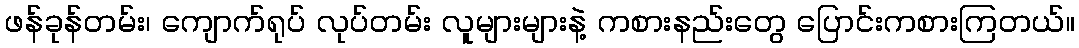
ဖန်ခုန်တမ်း၊ ကျောက်ရုပ် လုပ်တမ်း လူများများနဲ့ ကစားနည်းတွေ ပြောင်းကစားကြတယ်။